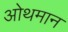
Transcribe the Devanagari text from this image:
ओथमान